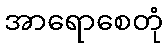
အာရောစေတုံ